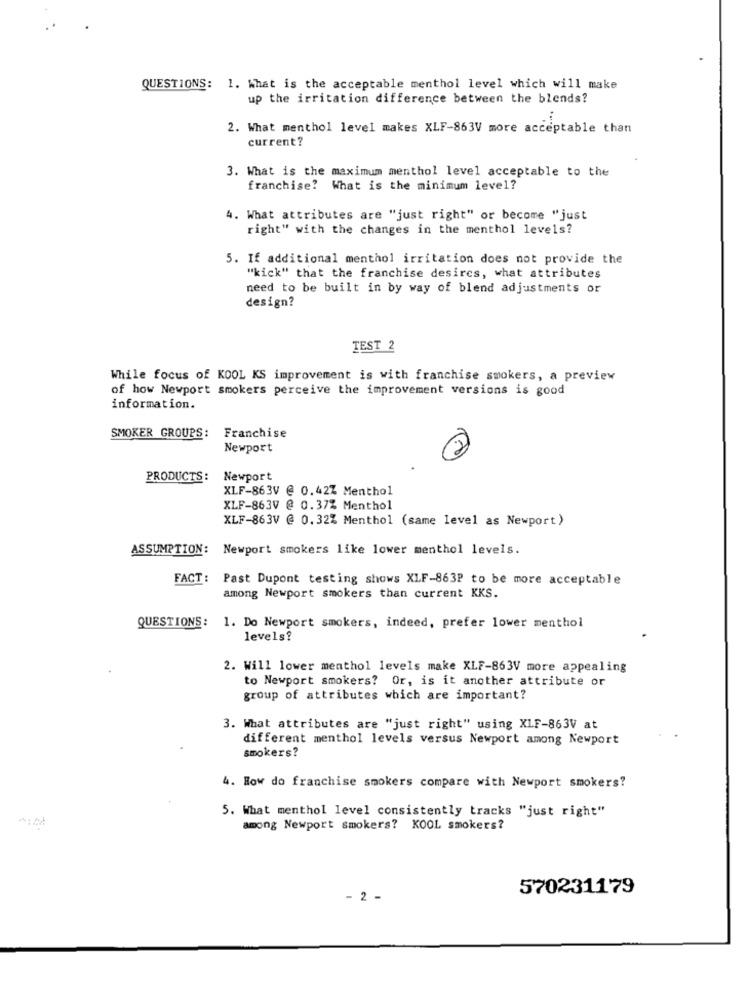
QUESTIONS: 1. What is the acceptable menthol level which will make
up the irritation difference between the blends?
2. What menthol level makes XLF-863V more acceptable than
current?
3. What is the maximum menthol level acceptable to the
franchise? What is the minimum level?
4. What attributes are "just right" or become "just
right" with the changes in the menthol levels?
5. If additional menthol irritation does not provide the
"kick" that the franchise desires, what attributes
need to be built in by way of blend adjustments or
design?
TEST 2
While focus of KOOL KS improvement is with franchise smokers, a preview
of how Newport smokers perceive the improvement versions is good
information.
SMOKER GROUPS: Franchise
Newport
PRODUCTS:
Newport
XLF-863V @ 0.42Z Menthol
XLF-863V @ 0.37% Menthol
XLF-863V @ 0.32% Menthol (same level as Newport)
ASSUMPTION:
Newport smokers like lower menthol levels.
FACT :
Past Dupont testing shows XLF-863P to be more acceptable
among Newport smokers than current KKS.
QUESTIONS:
1. Do Newport smokers, indeed, prefer lower menthol
levels?
2. Will lower menthol levels make XLF-863V more appealing
to Newport smokers? Or, is it another attribute or
group of attributes which are important?
3. What attributes are "just right" using XLF-863V at
different menthol levels versus Newport among Newport
smokers?
4. How do franchise smokers compare with Newport smokers?
5. What menthol level consistently tracks "just right"
among Newport smokers? KOOL smokers?
570231179
2 -